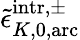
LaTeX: \tilde{\epsilon}_{K,0,\mathrm{arc}}^{\mathrm{intr},\pm}